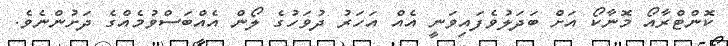
ކޮންޓްރާއޯ މޮނާކޯ އަށް ބަދަލުވެފައިވަނީ އެއް އަހަރު ދުވަހުގެ ލޯން އެއްބަސްވުމެއްގެ ދަށުންނެވެ.